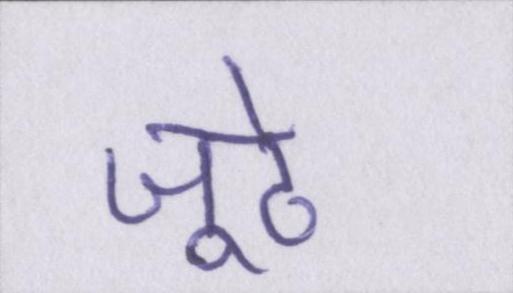
जूठे